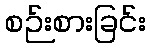
စဉ်းစားခြင်း